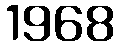
1968